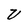
Character: V